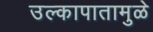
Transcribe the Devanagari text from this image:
उल्कापातामुळे